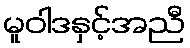
မူဝါဒနှင့်အညီ